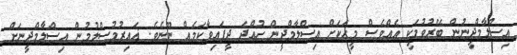
އިސްލާމްދީނުން ބޭރުވުމަކީ އެއްވެސް މީހަކަށް އިސްލާމްދީން ހުއްދަ ދީފައިވާކަމެއް ނޫނެވެ. ޣައިރުމުސްލުމުން އިސްލާމްދީނަށް